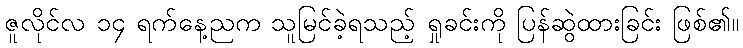
ဇူလိုင်လ ၁၄ ရက်နေ့ညက သူမြင်ခဲ့ရသည့် ရှုခင်းကို ပြန်ဆွဲထားခြင်း ဖြစ်၏။